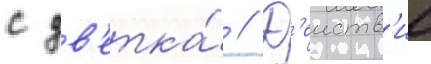
с цв'етка́ // Д'еиств'ие